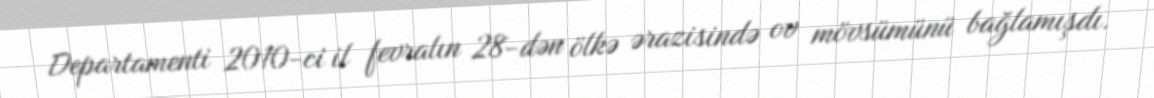
Departamenti 2010-ci il fevralın 28-dən ölkə ərazisində ov mövsümünü bağlamışdı.